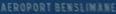
AEROPORT BENSlimane